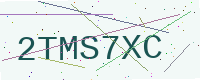
Text: 2TMS7XC